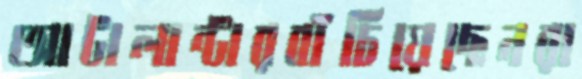
আটালান্টারবাঁচিয়েছেনরা